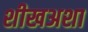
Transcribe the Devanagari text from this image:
शीखअशा